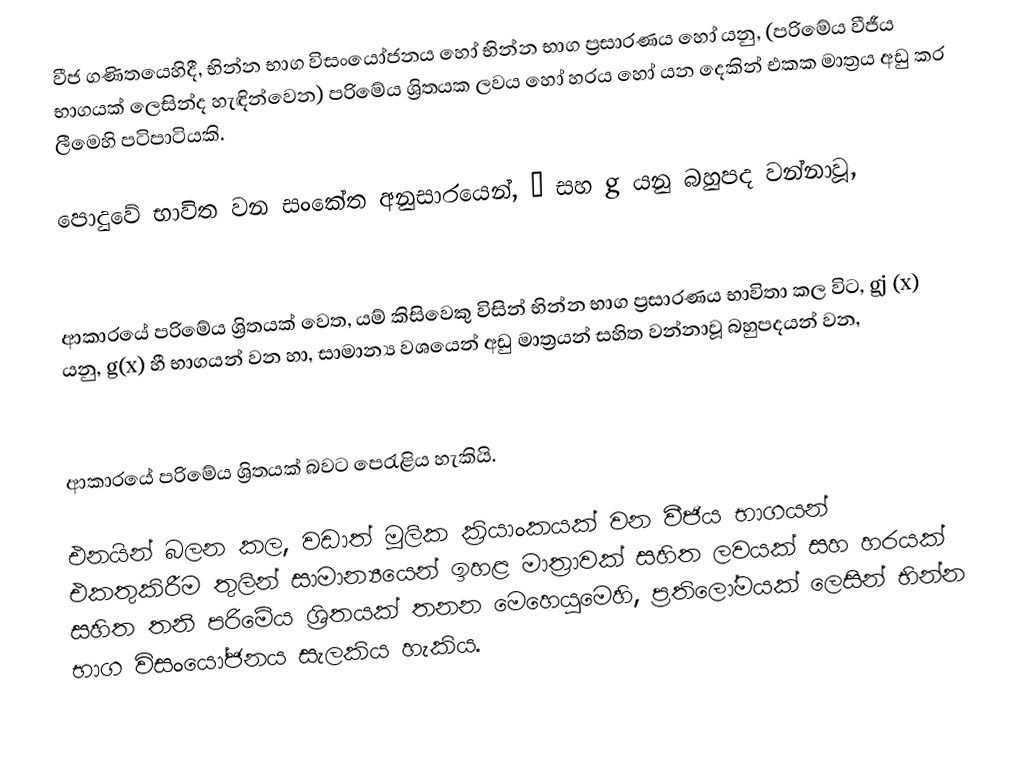
වීජ ගණිතයෙහිදී, භින්න භාග විසංයෝජනය හෝ  භින්න භාග ප්‍රසාරණය  හෝ යනු,   (පරිමේය වීජීය භාගයක් ලෙසින්ද හැඳින්වෙන) පරිමේය ශ්‍රිතයක ලවය හෝ හරය   හෝ යන දෙකින් එකක මාත්‍රය අඩු කර ලීමෙහි පටිපාටියකි.

පොදුවේ භාවිත වන සංකේත අනුසාරයෙන්, ƒ සහ g යනු බහුපද වන්නාවූ,

ආකාරයේ පරිමේය ශ්‍රිතයක් වෙත, යම් කිසිවෙකු විසින්  භින්න භාග ප්‍රසාරණය  භාවිතා කල විට, gj (x) යනු, g(x) හී භාගයන් වන හා, සාමාන්‍ය වශයෙන් අඩු මාත්‍රයන් සහිත වන්නාවූ බහුපදයන් වන,

ආකාරයේ පරිමේය ශ්‍රිතයක් බවට පෙරැළිය හැකියි.

එනයින් බලන කල, වඩාත් මූලික ක්‍රියාංකයක් වන  වීජිය භාගයන් එකතුකිරීම තුලින් සාමාන්‍යයෙන් ඉහළ මාත්‍රාවක් සහිත ලවයක් සහ හරයක් සහිත තනි පරිමේය ශ්‍රිතයක් තනන මෙහෙයුමෙහි,  ප්‍රතිලෝමයක් ලෙසින්  භින්න භාග විසංයෝජනය සැලකිය හැකිය.